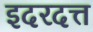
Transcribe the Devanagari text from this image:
इदरदत्त